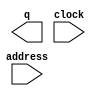
module rom (
		output wire [31:0] q,       //       q.dataout
		input  wire [9:0]  address, // address.address
		input  wire        clock    //   clock.clk
	);
endmodule